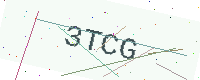
Text: 3TCG